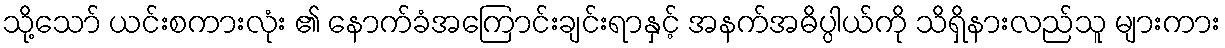
သို့သော် ယင်းစကားလုံး ၏ နောက်ခံအကြောင်းချင်းရာနှင့် အနက်အဓိပ္ပါယ်ကို သိရှိနားလည်သူ များကား